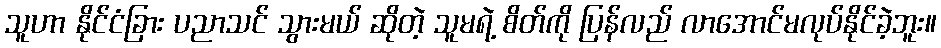
သူဟာ နိုင်ငံခြား ပညာသင် သွားမယ် ဆိုတဲ့ သူမရဲ့ စိတ်ကို ပြန်လည် လာအောင်မလုပ်နိုင်ခဲ့ဘူး။